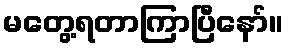
မတွေ့ရတာကြာပြီနော်။